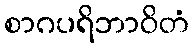
စာဂပရိဘာဝိတံ